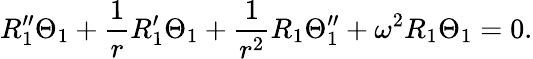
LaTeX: R_{1}^{\prime\prime}\Theta_{1}+\frac{1}{r}R_{1}^{\prime}\Theta_{1}+\frac{1}{r^{2}}R_{1}\Theta_{1}^{\prime\prime}+\omega^{2}R_{1}\Theta_{1}=0.